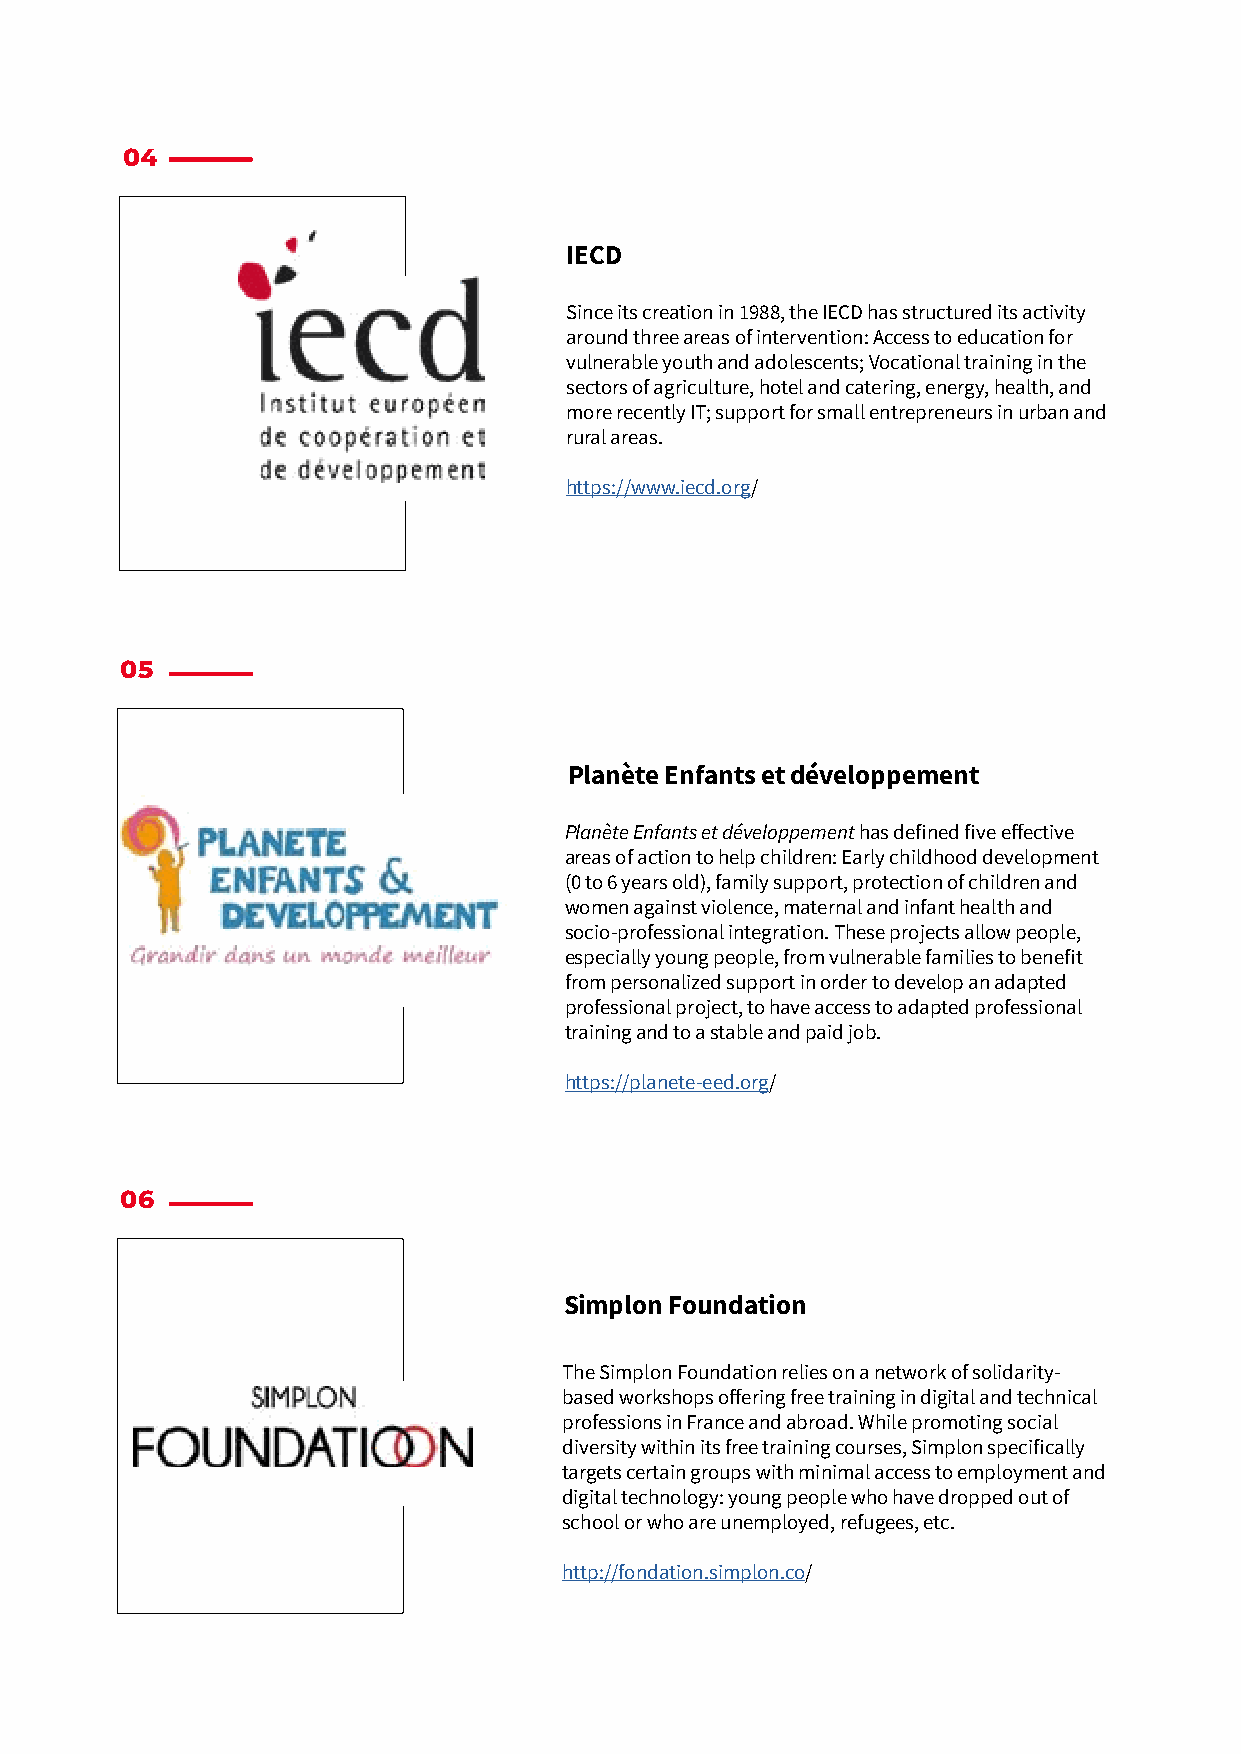
04
 IECD
 Since its creation in 1988, the IECD has structured its activity
 around three areas of intervention: Access to education for
 vulnerable youth and adolescents; Vocational training in the
 sectors of agriculture, hotel and catering, energy, health, and
 more recently IT; support for small entrepreneurs in urban and
 rural areas.
 https://www.iecd.org/
 05
 Planète Enfants et développement
 Planète Enfants et développement has defined five effective
 areas of action to help children: Early childhood development
 (0 to 6 years old), family support, protection of children and
 women against violence, maternal and infant health and
 socio-professional integration. These projects allow people,
 especially young people, from vulnerable families to benefit
 from personalized support in order to develop an adapted
 professional project, to have access to adapted professional
 training and to a stable and paid job.
 https://planete-eed.org/
 06
 Simplon Foundation
 The Simplon Foundation relies on a network of solidarity-
 based workshops offering free training in digital and technical
 professions in France and abroad. While promoting social
 diversity within its free training courses, Simplon specifically
 targets certain groups with minimal access to employment and
 digital technology: young people who have dropped out of
 school or who are unemployed, refugees, etc.
 http://fondation.simplon.co/